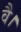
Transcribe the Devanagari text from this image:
वै।